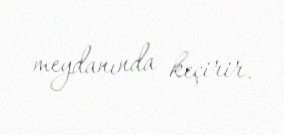
meydanında keçirir.